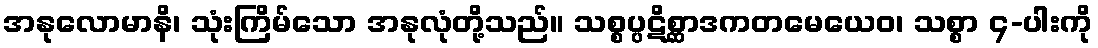
အနုလောမာနိ၊ သုံးကြိမ်သော အနုလုံတို့သည်။ သစ္စပ္ပဋိစ္ဆာဒကတမေယေဝ၊ သစ္စာ ၄-ပါးကို